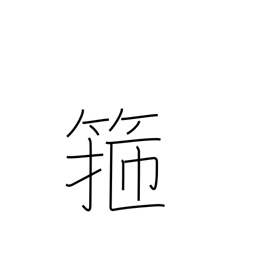
Meaning: barrel hoop